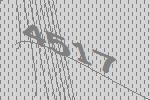
4517